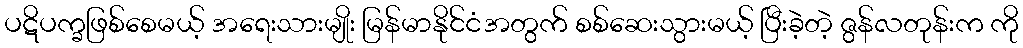
ပဋိပက္ခဖြစ်စေမယ့် အရေးသားမျိုး မြန်မာနိုင်ငံအတွက် စစ်ဆေးသွားမယ့် ပြီးခဲ့တဲ့ ဇွန်လတုန်းက ကို